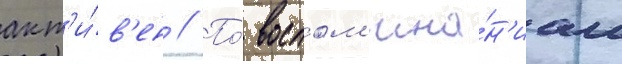
акт'и́в'ен // По́ воспом'ина́н'иам